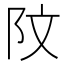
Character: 𫔻